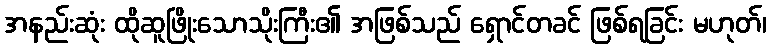
အနည်းဆုံး ထိုဆူဖြိုးသောသိုးကြီး၏ အဖြစ်သည် ရှောင်တခင် ဖြစ်ရခြင်း မဟုတ်၊